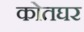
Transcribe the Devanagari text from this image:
कोतघर